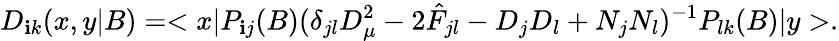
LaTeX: D_{\mathbf{i}k}(x,y|B)=<x|P_{\mathbf{i}j}(B)(\delta_{jl}D_{\mu}^{2}-2\hat{{F}}_{jl}-D_{j}D_{l}+N_{j}N_{l})^{-1}P_{lk}(B)|y>.